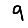
Digit: 9